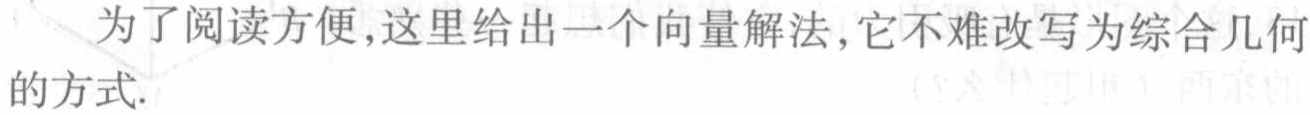
为了阅读方便,这里给出一个向量解法,它不难改写为综合几何的方式.